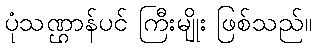
ပုံသဏ္ဌာန်ပင် ကြီးမျိုး ဖြစ်သည်။